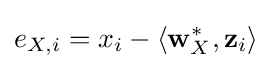
e_{X,i}=x_{i}-\langle \mathbf {w} _{X}^{*},\mathbf {z} _{i}\rangle